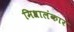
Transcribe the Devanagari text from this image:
मिश्रालंकार